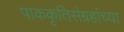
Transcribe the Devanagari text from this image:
पाककृतिसंग्रहांच्या